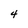
Character: 4